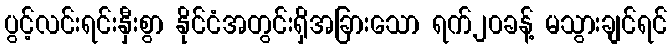
ပွင့်လင်းရင်းနှီးစွာ နိုင်ငံအတွင်းရှိအခြားသော ရက်၂၀ခန့် မသွားချင်ရင်